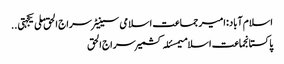
اسلام آباد:امیر جماعت اسلامی سینیٹر سراج الحق ملی یکجہتی ..
پاکستانجماعت اسلامیمسئلہ کشمیرسراج الحق